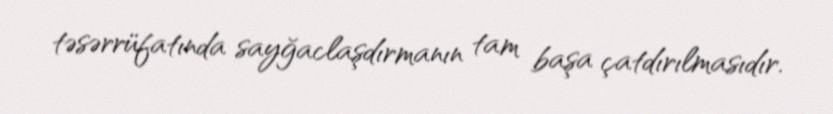
təsərrüfatında sayğaclaşdırmanın tam başa çatdırılmasıdır.